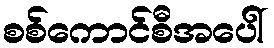
စစ်ကောင်စီအပေါ်